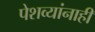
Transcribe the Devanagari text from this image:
पेशव्यांनाही